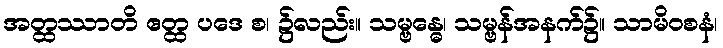
အတ္ထဿာတိ ဧတ္ထ ပဒေ စ၊ ၌လည်း။ သမ္ဗန္ဓေ၊ သမ္ဗန်အနက်၌။ သာမိဝစနံ၊